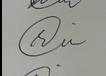
Signature authenticity: genuine